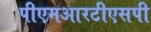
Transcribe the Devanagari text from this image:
पीएमआरटीएसपी